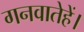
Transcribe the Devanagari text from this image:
गनवातेहें।